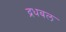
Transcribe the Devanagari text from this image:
द्रधबल